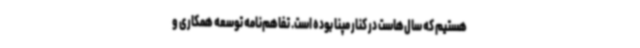
هستیم که سال‌هاست در کنار مپنا بوده است. تفاهم‌نامه توسعه همکاری و